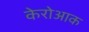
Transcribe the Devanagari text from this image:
केरोआक